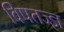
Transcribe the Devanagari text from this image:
विषतज्‍ज्ञ